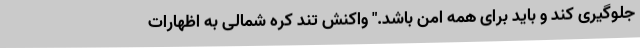
جلوگیری کند و باید برای همه امن باشد." واکنش تند کره شمالی به اظهارات